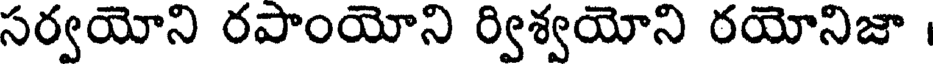
సర్వయోని రపాంయోని ర్విశ్వయోని రయోనిజా